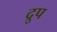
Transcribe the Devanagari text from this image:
द्रुप